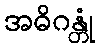
အဓိဂန္တုံ